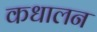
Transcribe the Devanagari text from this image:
कधालन